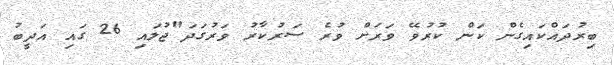
ބިރުދައްކައިގެން ކަން ކުރުވޭ ވަރަށް ވުރެ ސަރުކާރު ވަރުގަދަ"ޖުލައި 26 ގައި އަދީބު